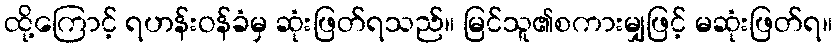
ထို့ကြောင့် ရဟန်းဝန်ခံမှ ဆုံးဖြတ်ရသည်။ မြင်သူ၏စကားမျှဖြင့် မဆုံးဖြတ်ရ။